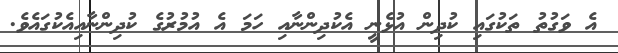
އެ ވަގުތު ތަކުގައި ކުދިން އުޅެނީ އެކުދިންނާއި ހަމަ އެ އުމުރުގެ ކުދިންނާއިއެކުގައެވެ.